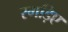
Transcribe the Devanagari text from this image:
रगड़िए